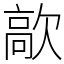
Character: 歊